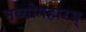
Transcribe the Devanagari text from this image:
नव्योपहारम्